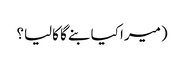
(میرا کیا بنے گا کالیا؟